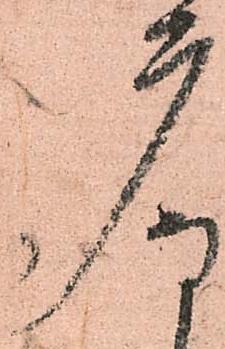
广